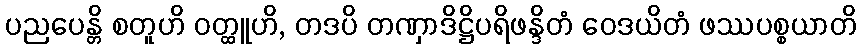
ပညပေန္တိ စတူဟိ ဝတ္ထူဟိ, တဒပိ တဏှာဒိဋ္ဌိပရိဖန္ဒိတံ ဝေဒယိတံ ဖဿပစ္စယာတိ